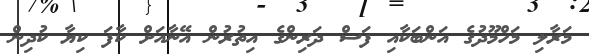
މަރާލި މަހްމޫދުގެ އަންބަކާއި ފަސް ދަރިންގެ އިތުރުން އޭނާއަށް ކާފަ ކިޔާ ކުދިން